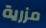
مزرية